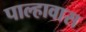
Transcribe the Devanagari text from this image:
पाल्हावास